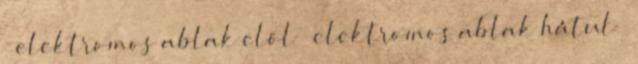
– elektromos ablak elöl – elektromos ablak hátul –